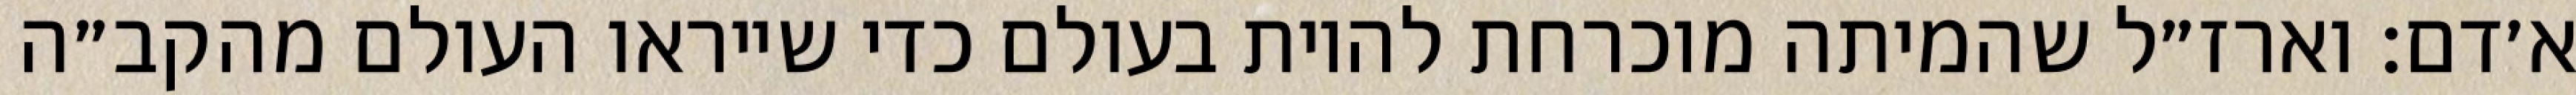
א׳דם: וארז״ל שהמיתה מוכרחת להיות בעולם כדי שייראו העולם מהקב״ה